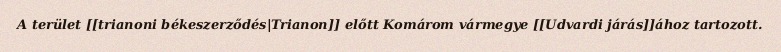
A terület [[trianoni békeszerződés|Trianon]] előtt Komárom vármegye [[Udvardi járás]]ához tartozott.